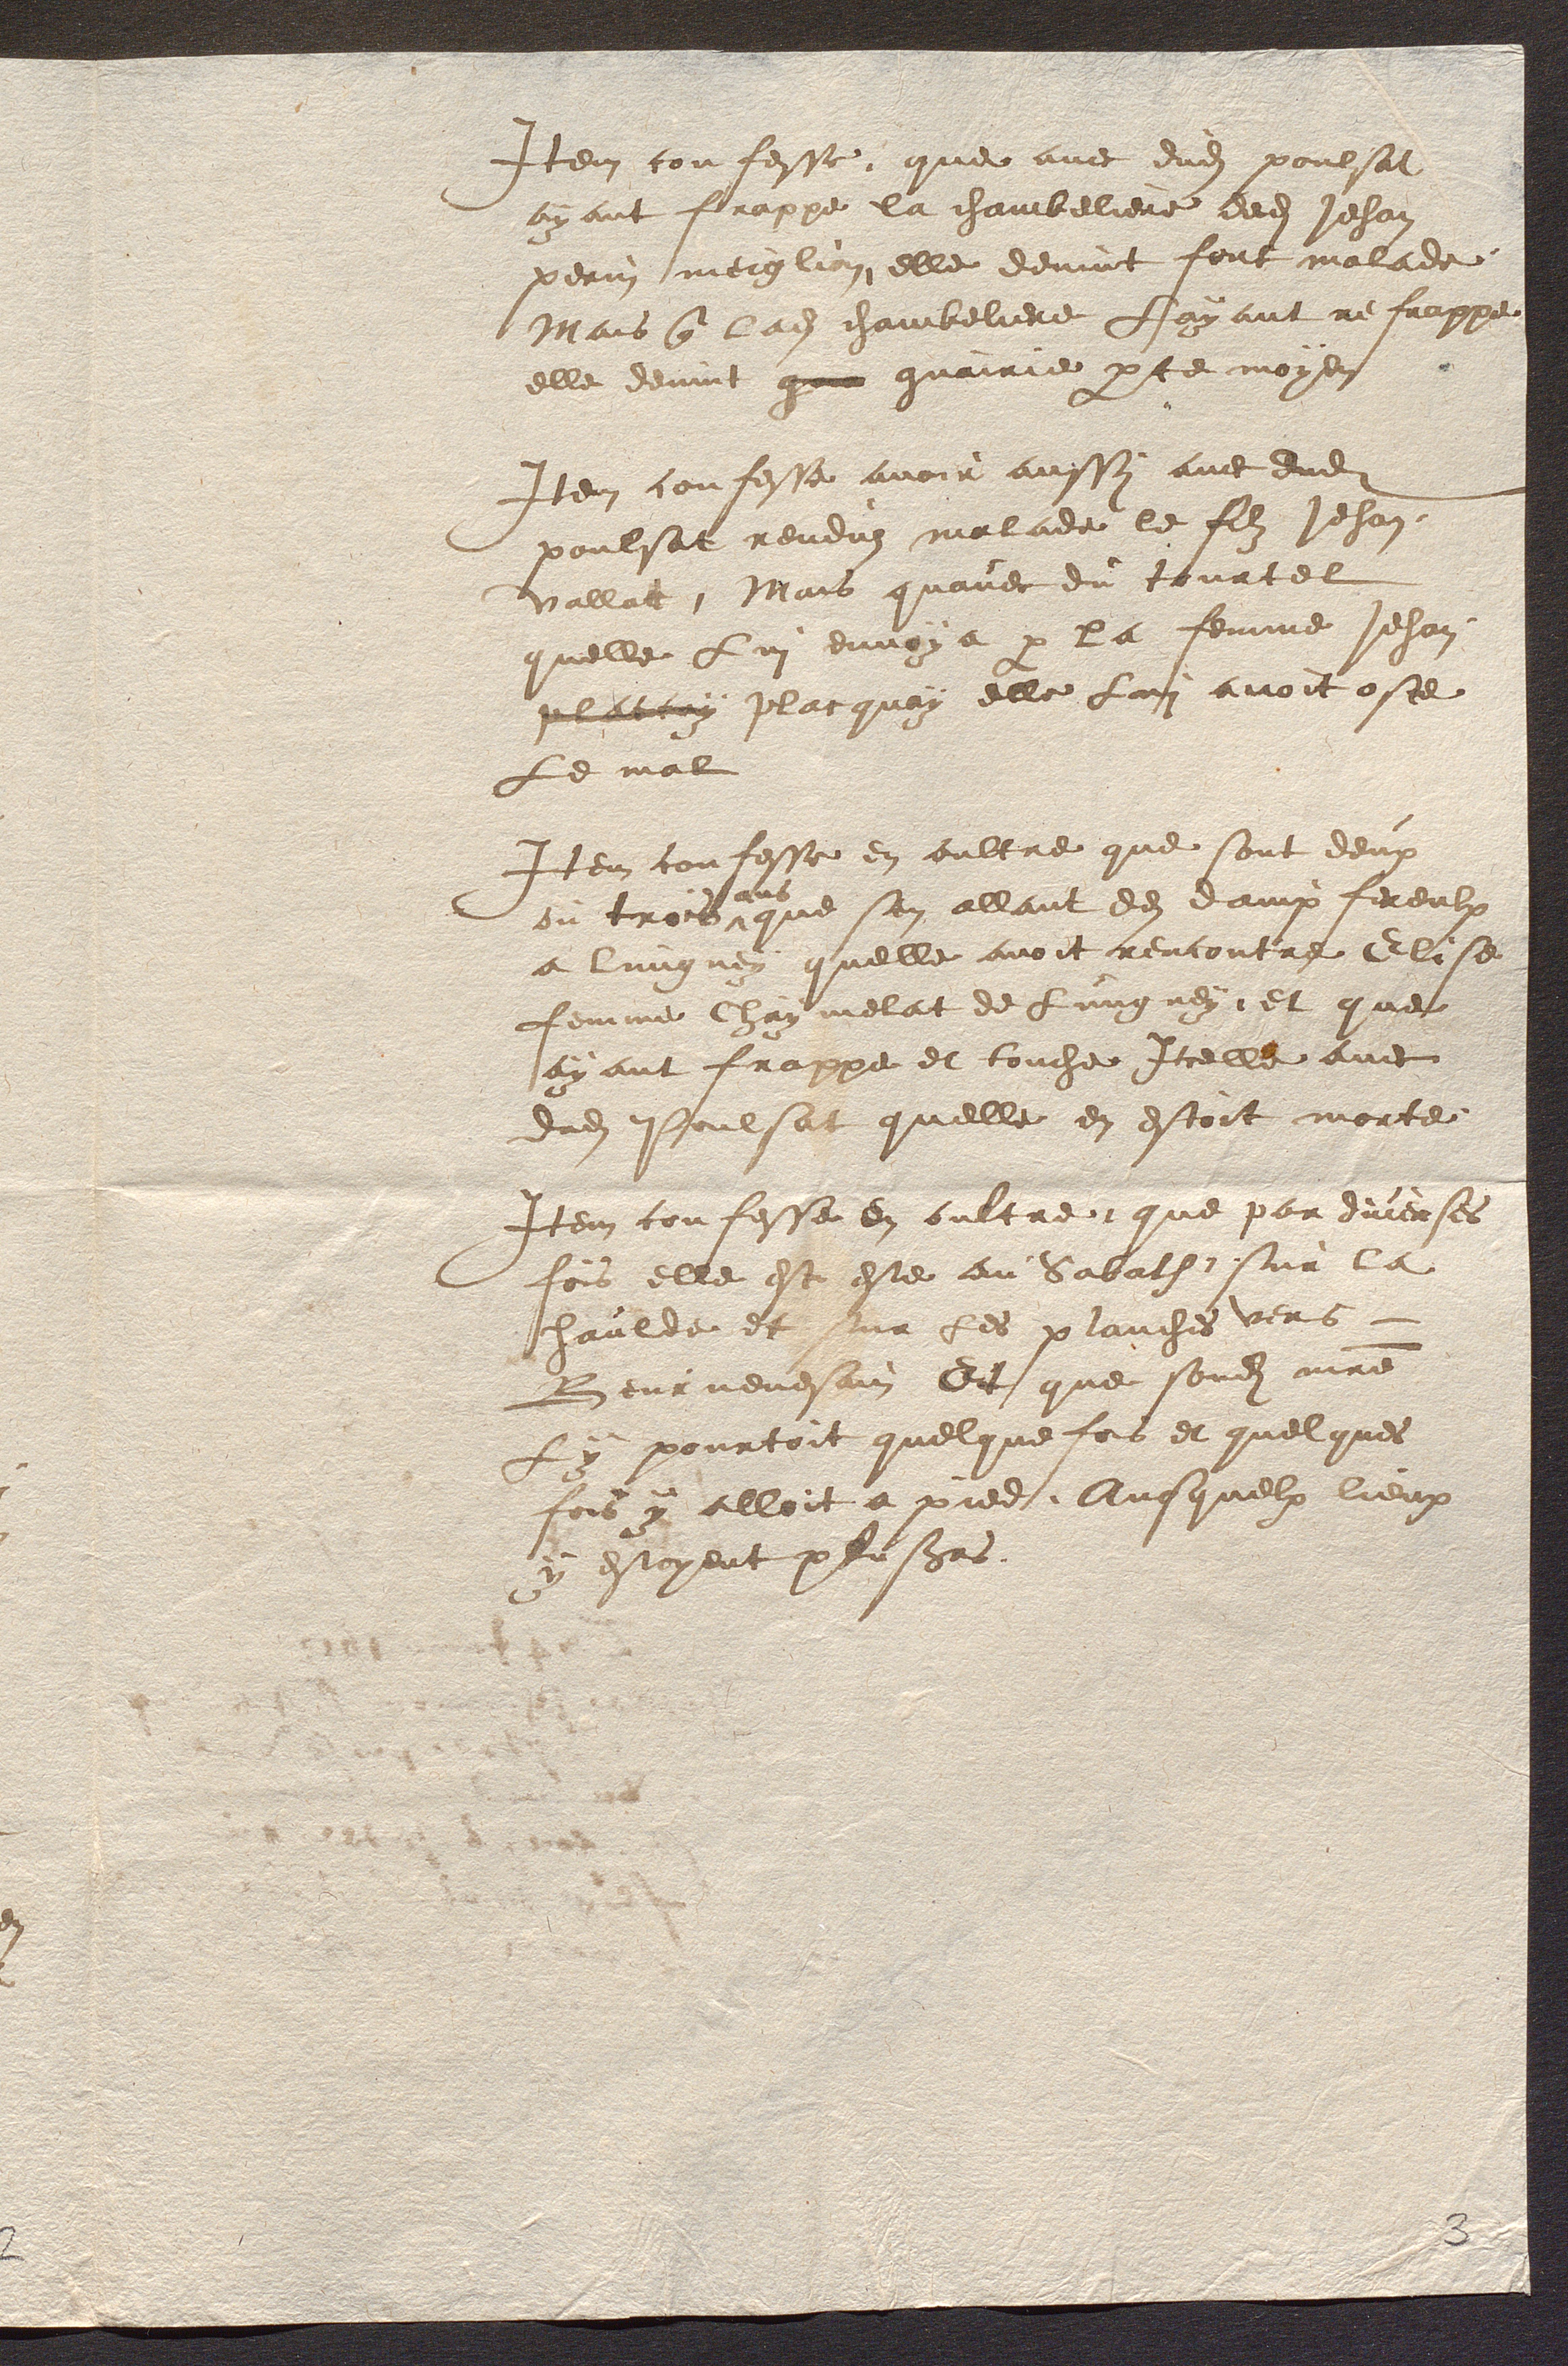
Item confesse, que avec dud poulsat
ayant frappe la chambeliere ded Jehan
perin meiglion, elle devint fort malade,
Mais q lad chambeliere Layant refrappe
elle devint gue guairie pce moyen
Item confesse avoir aussi avec dud
poulsat rendus malade le filz Jehan
Vallat, Mais quavec di tourtel
quelle Lui envoya p la femme Jehan
plattay placquay elle Lui avoit oste
Le mal
Item confesse en oultre que sont deux
ou trois
ans
que sen allant dud dampfereulx
a lungney quelle avoit rencontre Elise
femme Chaymelat de Lungney, et que
ayant frappe et touche Icelle avec
dud Poulsat quelle en estoit morte
Item confesse en oultre, que par diverses
fois elle est este au Sabath, sur la
haulde et sur Les planches vers  -
Beurnevesain Et que sond mre
Ly pourtoit quelque fois et quelques
fois y alloit a pied, Ausquelx lieux
y estoyent plusrs.